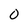
Character: 0